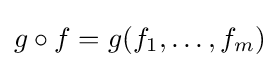
g\circ f=g(f_{1},\dots ,f_{m})